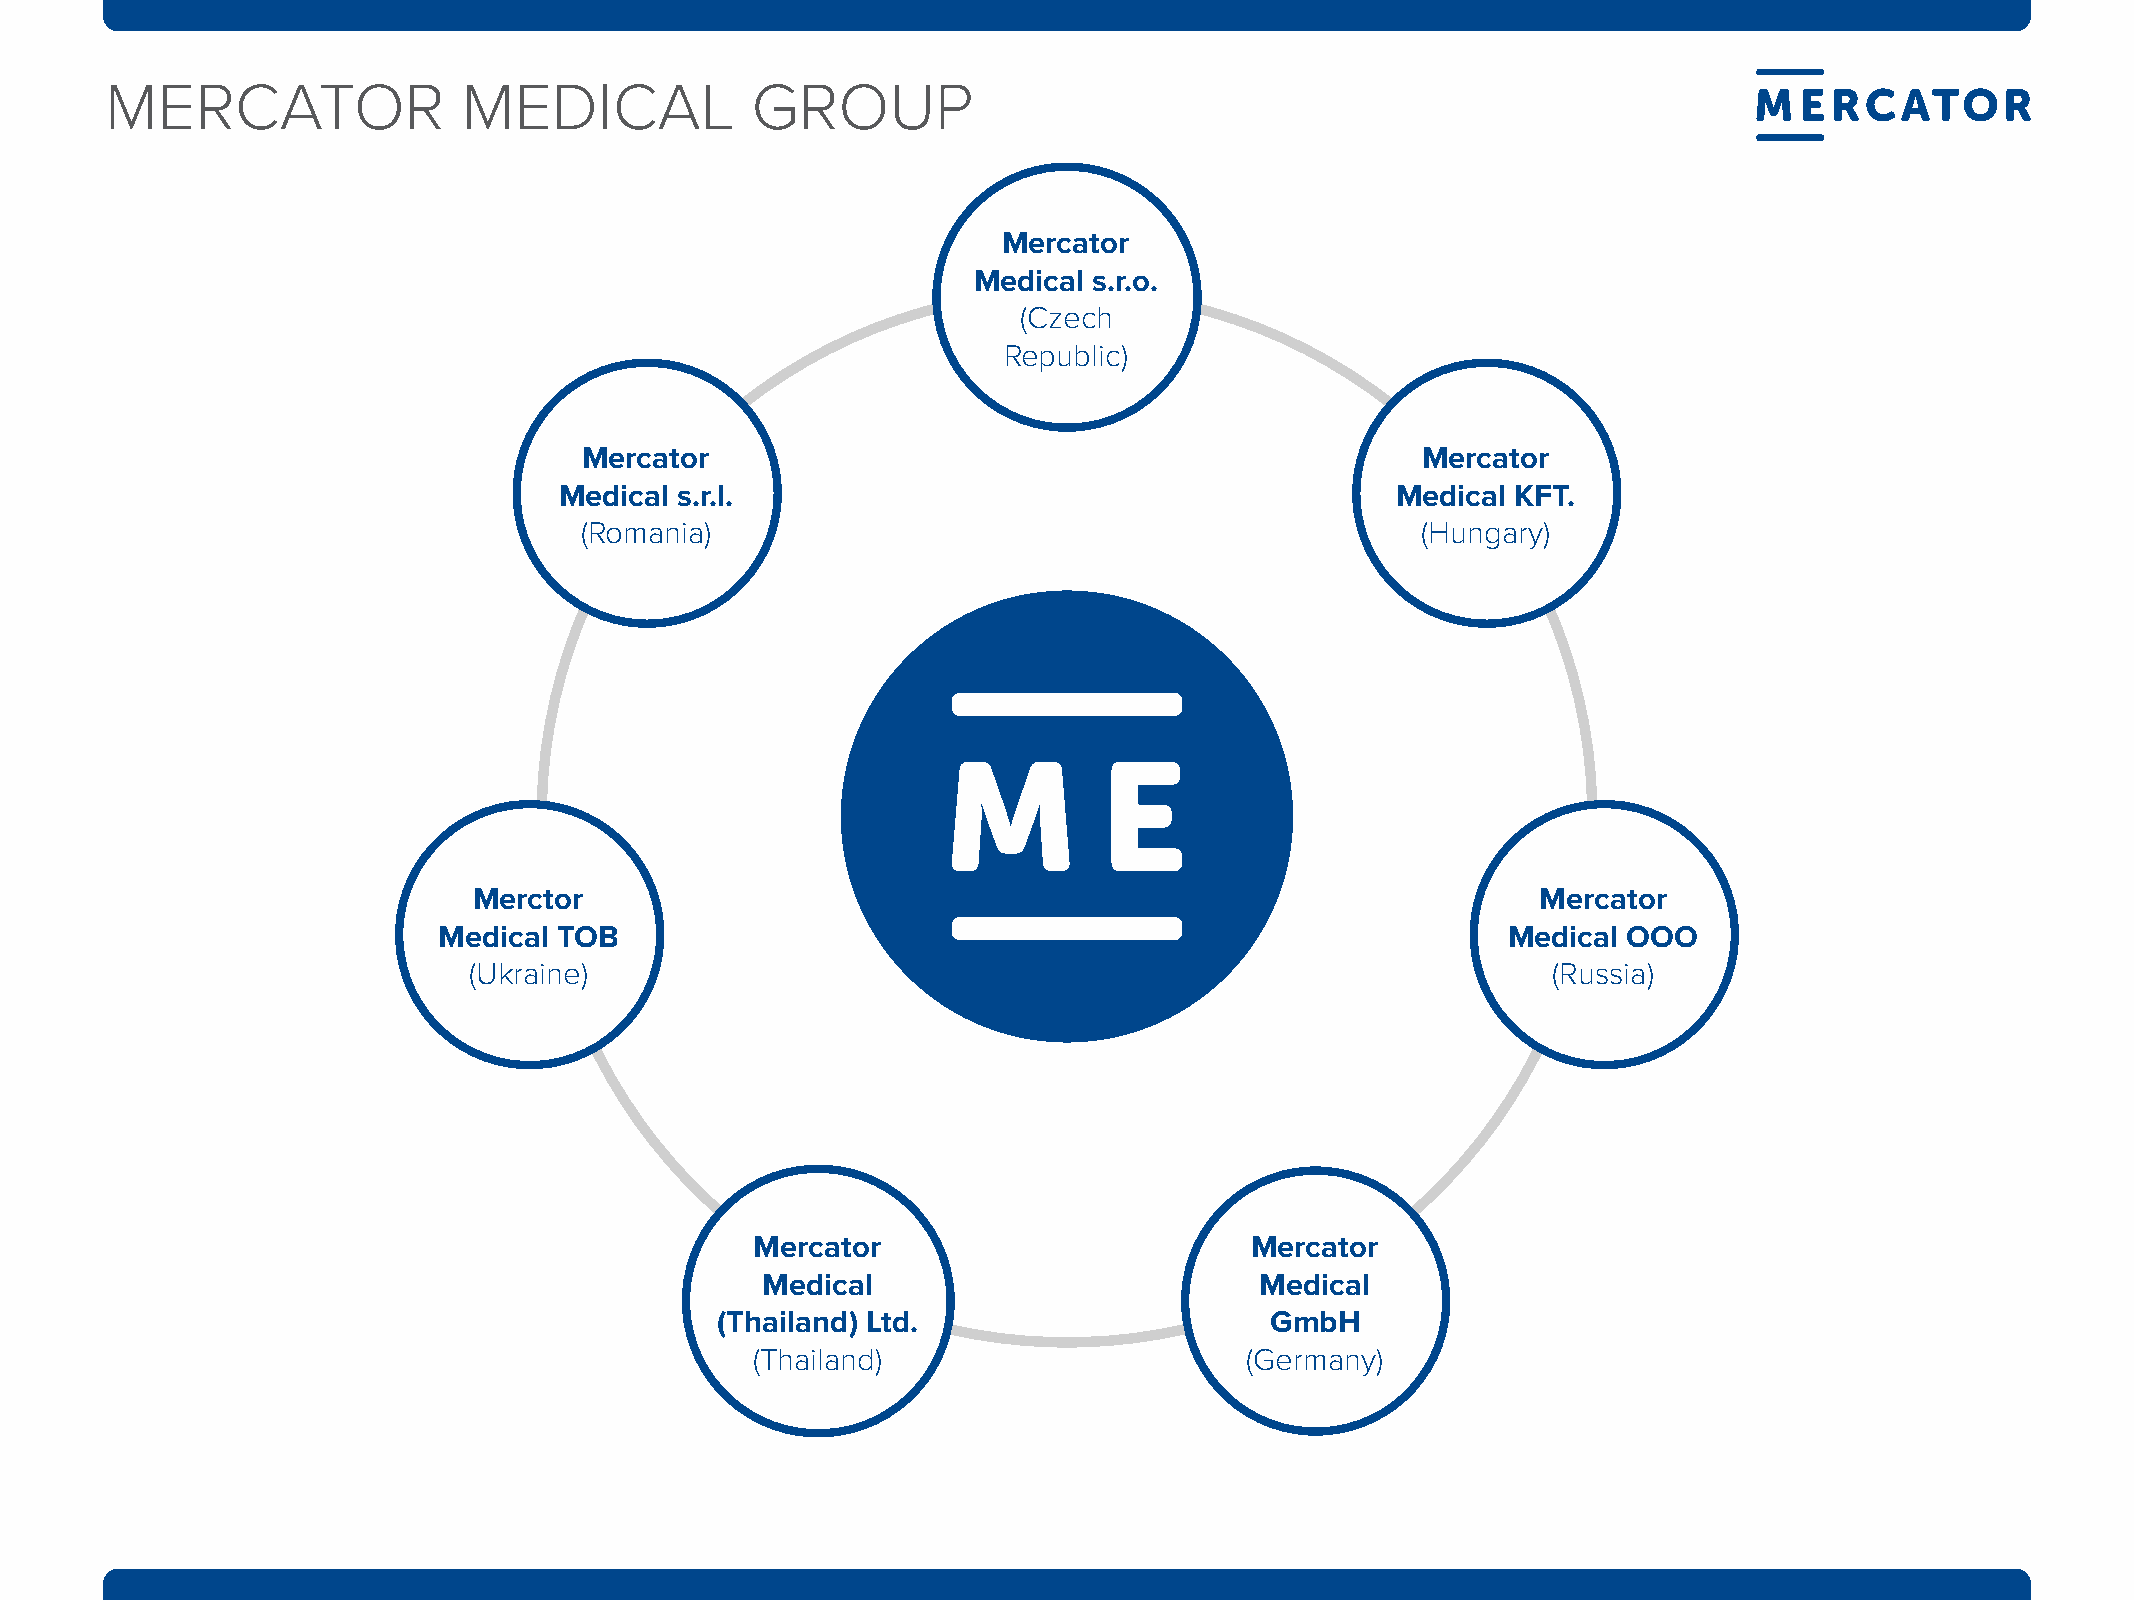
mErCatOr                mEdICal            GrOuP
 Mercator
 Medical s.r.o.
 (Czech
 republic)
 Mercator                                               Mercator
 Medical s.r.l.                                         Medical KFT.
 (romania)                                               (Hungary)
 Merctor                                                                Mercator
 Medical TOB                                                            Medical OOO
 (ukraine)                                                               (russia)
 Mercator                         Mercator
 Medical                          Medical
 (Thailand) Ltd.                      gmbH
 (thailand)                      (Germany)